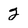
Character: 2